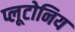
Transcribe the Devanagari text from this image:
प्लूटोनिय